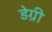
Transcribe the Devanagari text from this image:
डेग्री